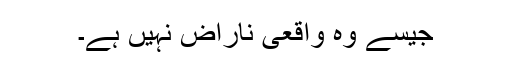
جیسے وہ واقعی ناراض نہیں ہے۔